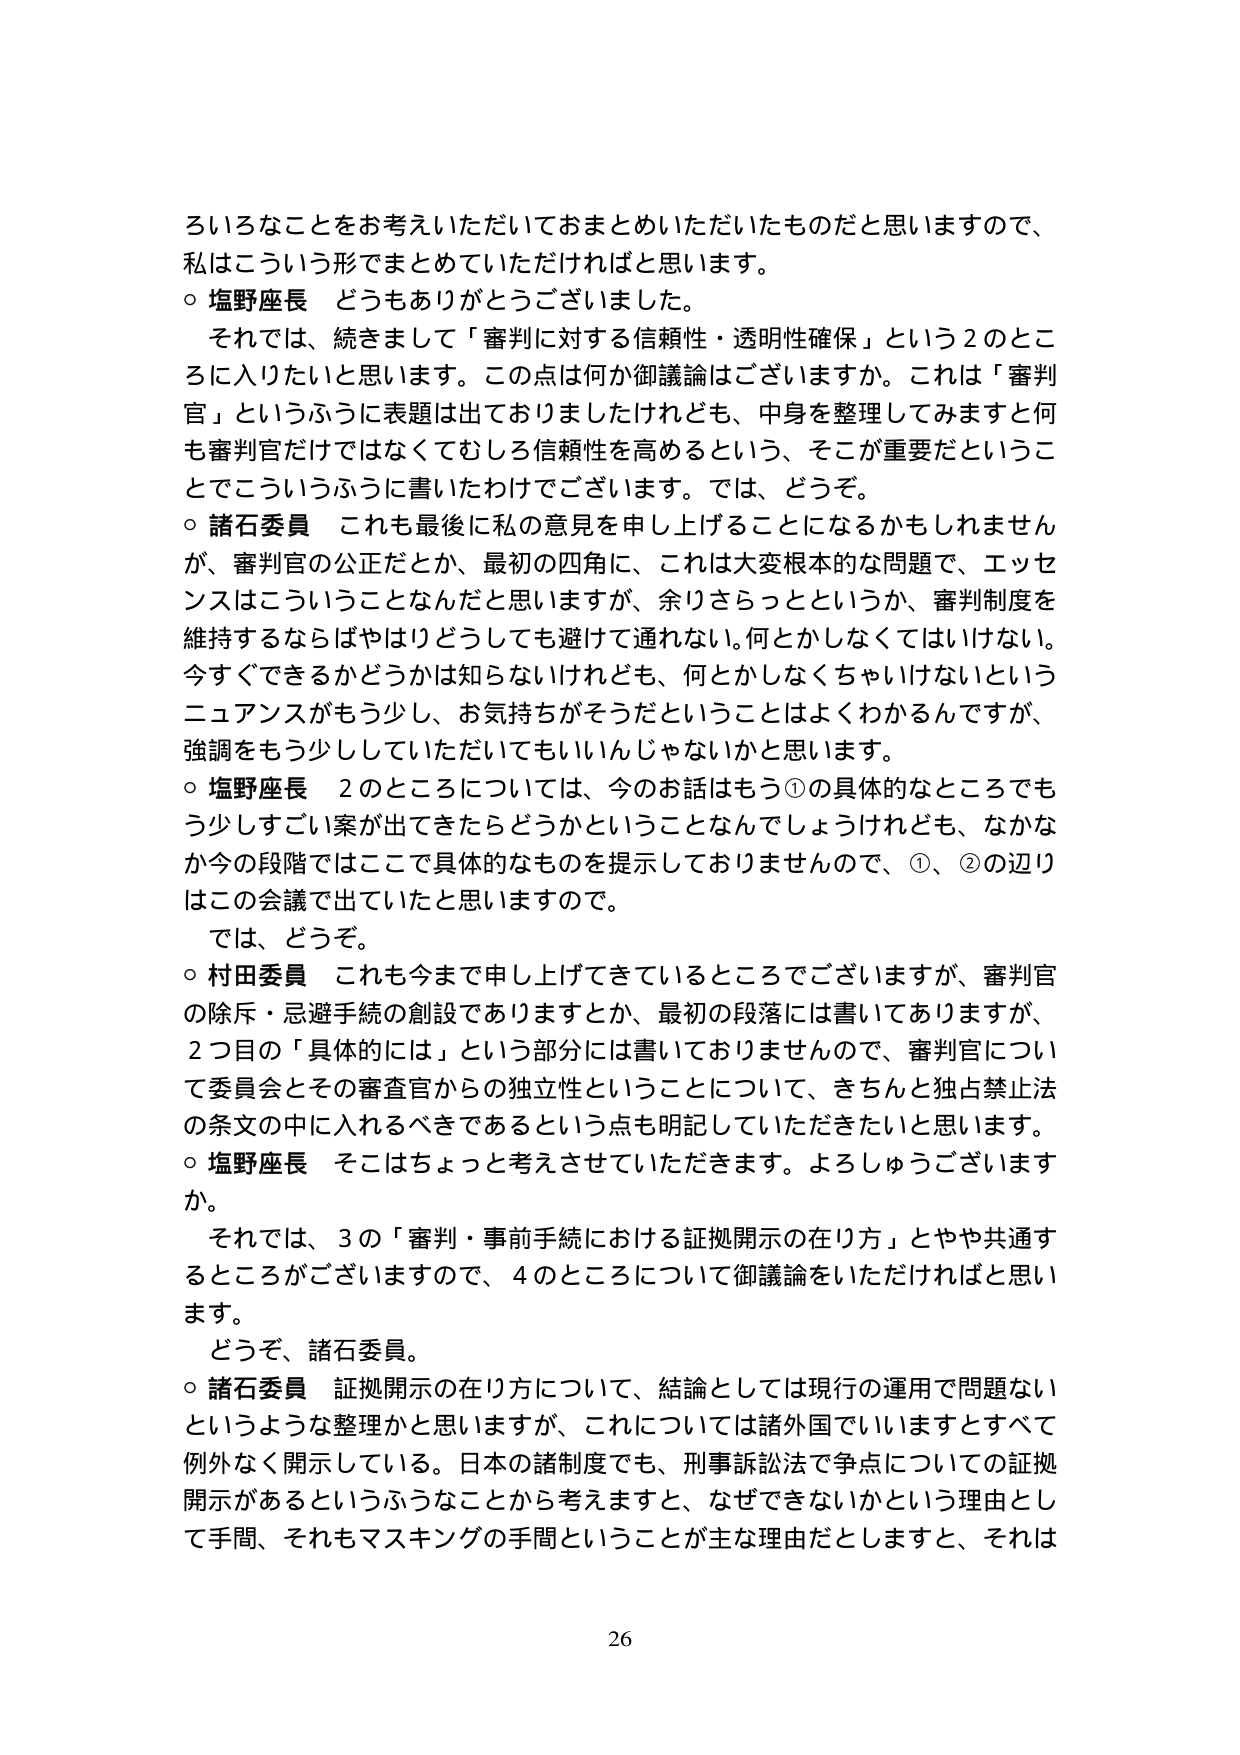
ろいろなことをお考えいただいておまとめいただいたものだと思いますので、
私はこういう形でまとめていただければと思います。
○ 塩野座長 どうもありがとうございました。
　それでは、続きまして「審判に対する信頼性・透明性確保」という2のところに入りたいと思います。この点は何か御議論はございますか。これは「審判官」というふうに表題は出ておりましたがけれども、中身を整理してみますと何も審判官だけではなくてむしろ信頼性を高めるという、そこが重要だということでこういうふうに書いたわけでございます。では、どうぞ。
○ 諸石委員 これも最後に私の意見を申し上げることになるかもしれませんが、審判官の公正だとか、最初の四角に、これは大変根本的な問題で、エッセンスはこういうことなんだと思いますが、余りさらっとというか、審判制度を維持するならばやはりどうしても避けて通れない。何とかしなくてはいけない。今すぐできるかどうかは知らないけれども、何とかしなくちゃいけないというニュアンスがもう少し、お気持ちがそうだということはよくわかるんですが、強調をもう少ししていただいてもいいんじゃないかと思います。
○ 塩野座長 2のところについては、今のお話はもう①の具体的なところでもう少しずごい案が出てきたらどうかということなんでしょうけれども、なかなか今の段階ではここで具体的なものを提示しておりませんので、①、②の辺りはこの会議で出ていたと思いますので。
　では、どうぞ。
○ 村田委員 これも今まで申し上げてきているところでございますが、審判官の除斥・忌避手続の創設でありますとか、最初の段落には書いてありますが、2つ目の「具体的には」という部分には書いておりませんので、審判官について委員会とその審査官からの独立性ということについて、きちんと独占禁止法の条文の中に入れるべきであるという点も明記していただきたいと思います。
○ 塩野座長 そこはちょっと考えさせていただきます。よろしゅうございますか。
　それでは、3の「審判・事前手続における証拠開示の在り方」とやや共通するところがございますので、4のところについて御議論をいただければと思います。
　どうぞ、諸石委員。
○ 諸石委員 証拠開示の在り方について、結論としては現行の運用で問題ないというような整理かと思いますが、これについては諸外国でいいますとすべて例外なく開示している。日本の諸制度でも、刑事訴訟法で争点についての証拠開示があるというふうなことから考えますと、なぜできないかという理由として手間、それもマスキングの手間ということが主な理由だとしますと、それは
26